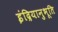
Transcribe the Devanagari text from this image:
इंद्रियानुभूति